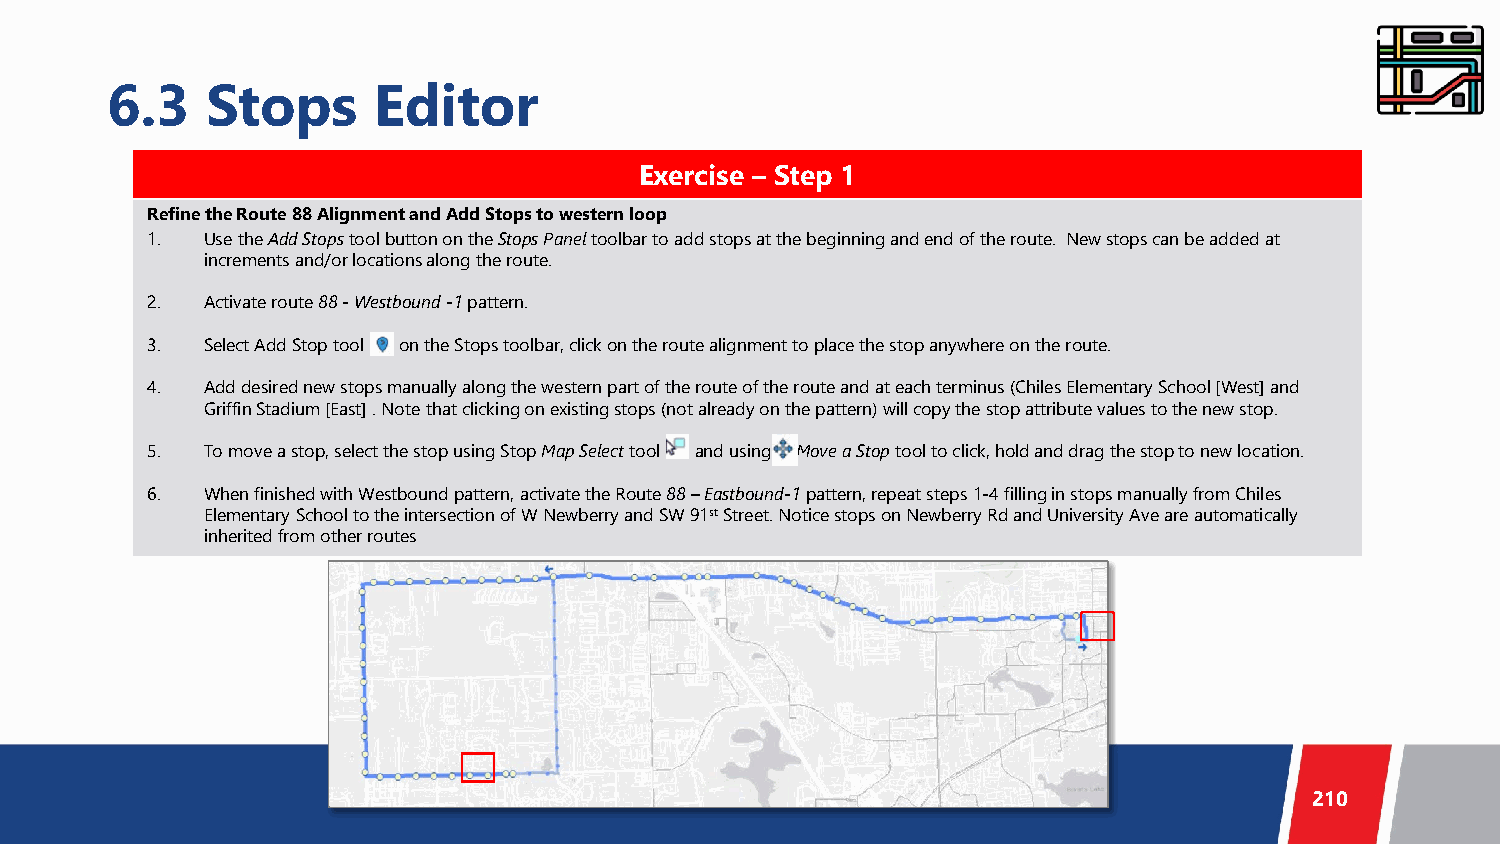
6.3    Stops      Editor
 Exercise – Step 1
 Refine the Route 88 Alignment and Add Stopsto western loop
 1. Use the Add Stops tool button on the Stops Panel toolbar to add stops at the beginning and end of the route. New stops can be added at
 increments and/or locations along the route.
 2. Activate route 88 -Westbound -1 pattern.
 3. Select Add Stop tool on the Stops toolbar, click on the route alignment to place the stop anywhere on the route.
 4. Add desired new stops manually along the western part of the route of the route and at each terminus (Chiles Elementary School [West] and
 Griffin Stadium [East] . Note that clicking on existing stops (not already on the pattern) will copy the stop attribute values to the new stop.
 5. To move a stop, select the stop using Stop Map Select tool and using Move a Stoptool to click, hold and drag the stop to new location.
 6. When finished with Westbound pattern, activate the Route 88–Eastbound-1 pattern, repeat steps 1-4 filling in stops manually from Chiles
 Elementary School to the intersection of W Newberry and SW 91stStreet. Notice stops on Newberry Rd and University Ave are automatically
 inherited from other routes
 210